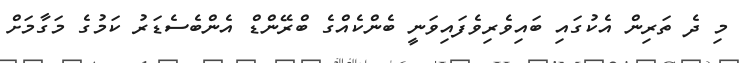
މި ދެ ތަރިން އެކުގައި ބައިވެރިވެފައިވަނީ ބެންކެއްގެ ބްރޭންޑް އެންބެސެޑަރު ކަމުގެ މަގާމަށް